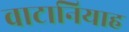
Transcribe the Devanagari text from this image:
वाटानियाह